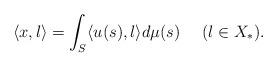
LaTeX: \begin{align*} \langle x,l\rangle =\int_S\langle u(s),l\rangle d\mu(s) \ \ \ \ (l \in X_*).\end{align*}